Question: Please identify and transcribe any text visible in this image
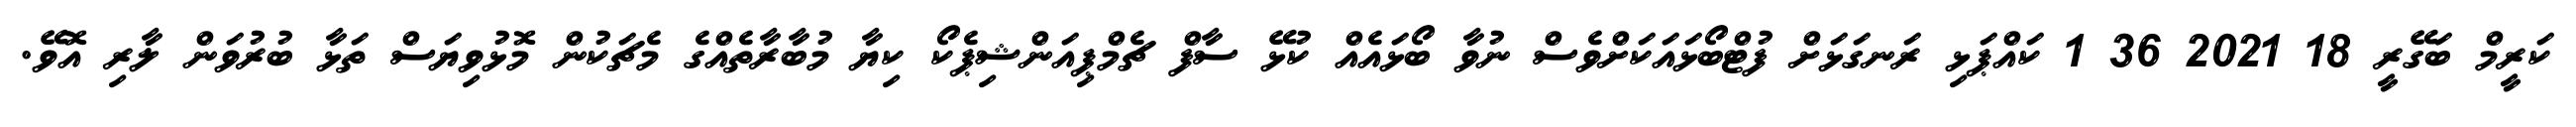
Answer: ކަރީމް ބަގޭރީ 18 2021 36 1 ކައްޕަޅި ރަނގަޅަށް ފުޓްބޯޅައަކަށްވެސް ނުވާ ބޯޅައެއް ކުޅޭ ސާފް ޗެމްޕިއަންޝިޕެކޯ ކިޔާ މުބާރާތެއްގެ މެޗަކުން މޮޅުވިޔަސް ތަޅާ ބުރުވަން ލާރި އޮވޭ.